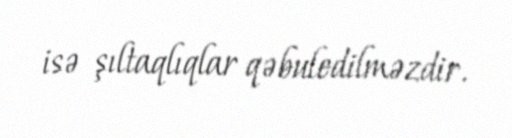
isə şıltaqlıqlar qəbuledilməzdir.